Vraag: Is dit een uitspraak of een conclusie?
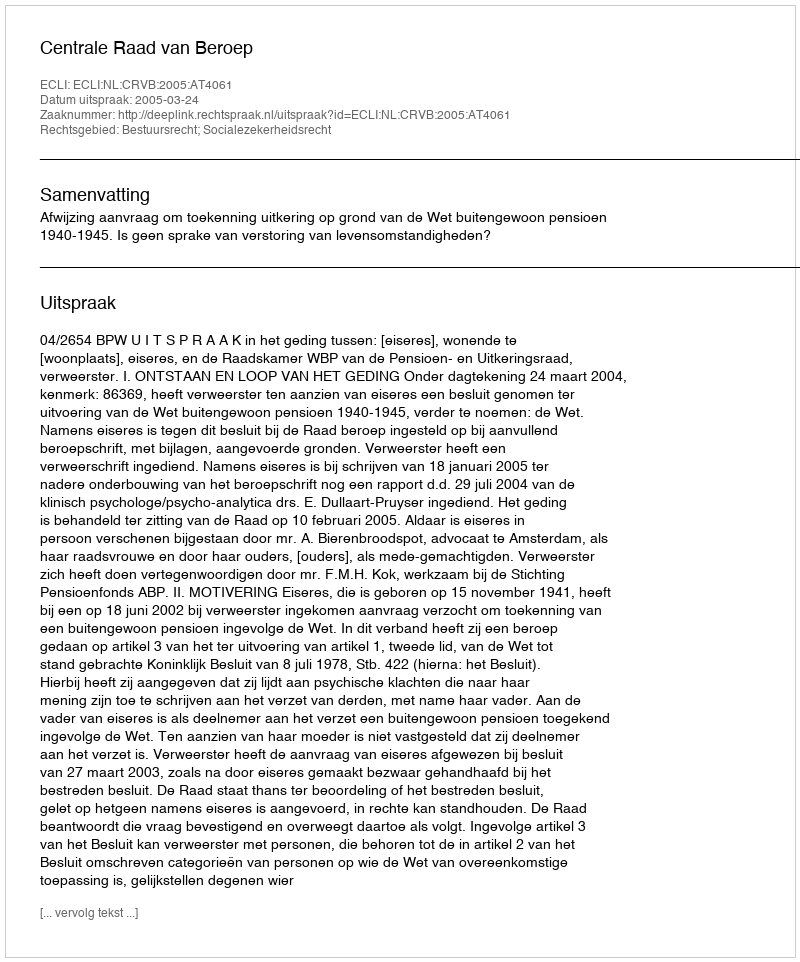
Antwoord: Uitspraak